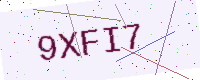
Text: 9XFI7